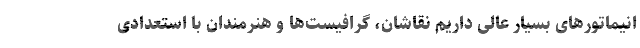
انیماتورهای بسیار عالی داریم نقاشان، گرافیست‌ها و هنرمندان با استعدادی